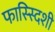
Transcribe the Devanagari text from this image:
फास्स्दिशी